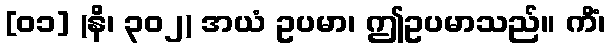
[၀၁] (နိ၊ ၃၀၂) အယံ ဥပမာ၊ ဤဥပမာသည်။ ကိံ၊